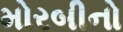
મોરબીનો